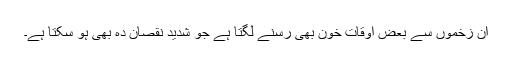
ان زخموں سے بعض اوقات خون بھی رسنے لگتا ہے جو شدید نقصان دہ بھی ہو سکتا ہے۔